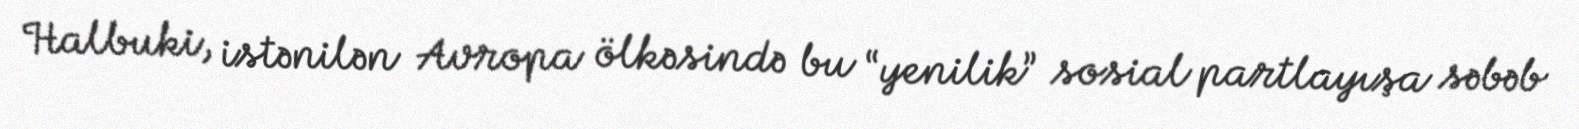
Halbuki, istənilən Avropa ölkəsində bu “yenilik” sosial partlayışa səbəb